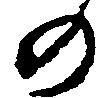
の